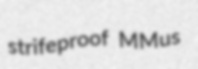
strifeproof MMus